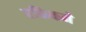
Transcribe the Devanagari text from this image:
रफिकने